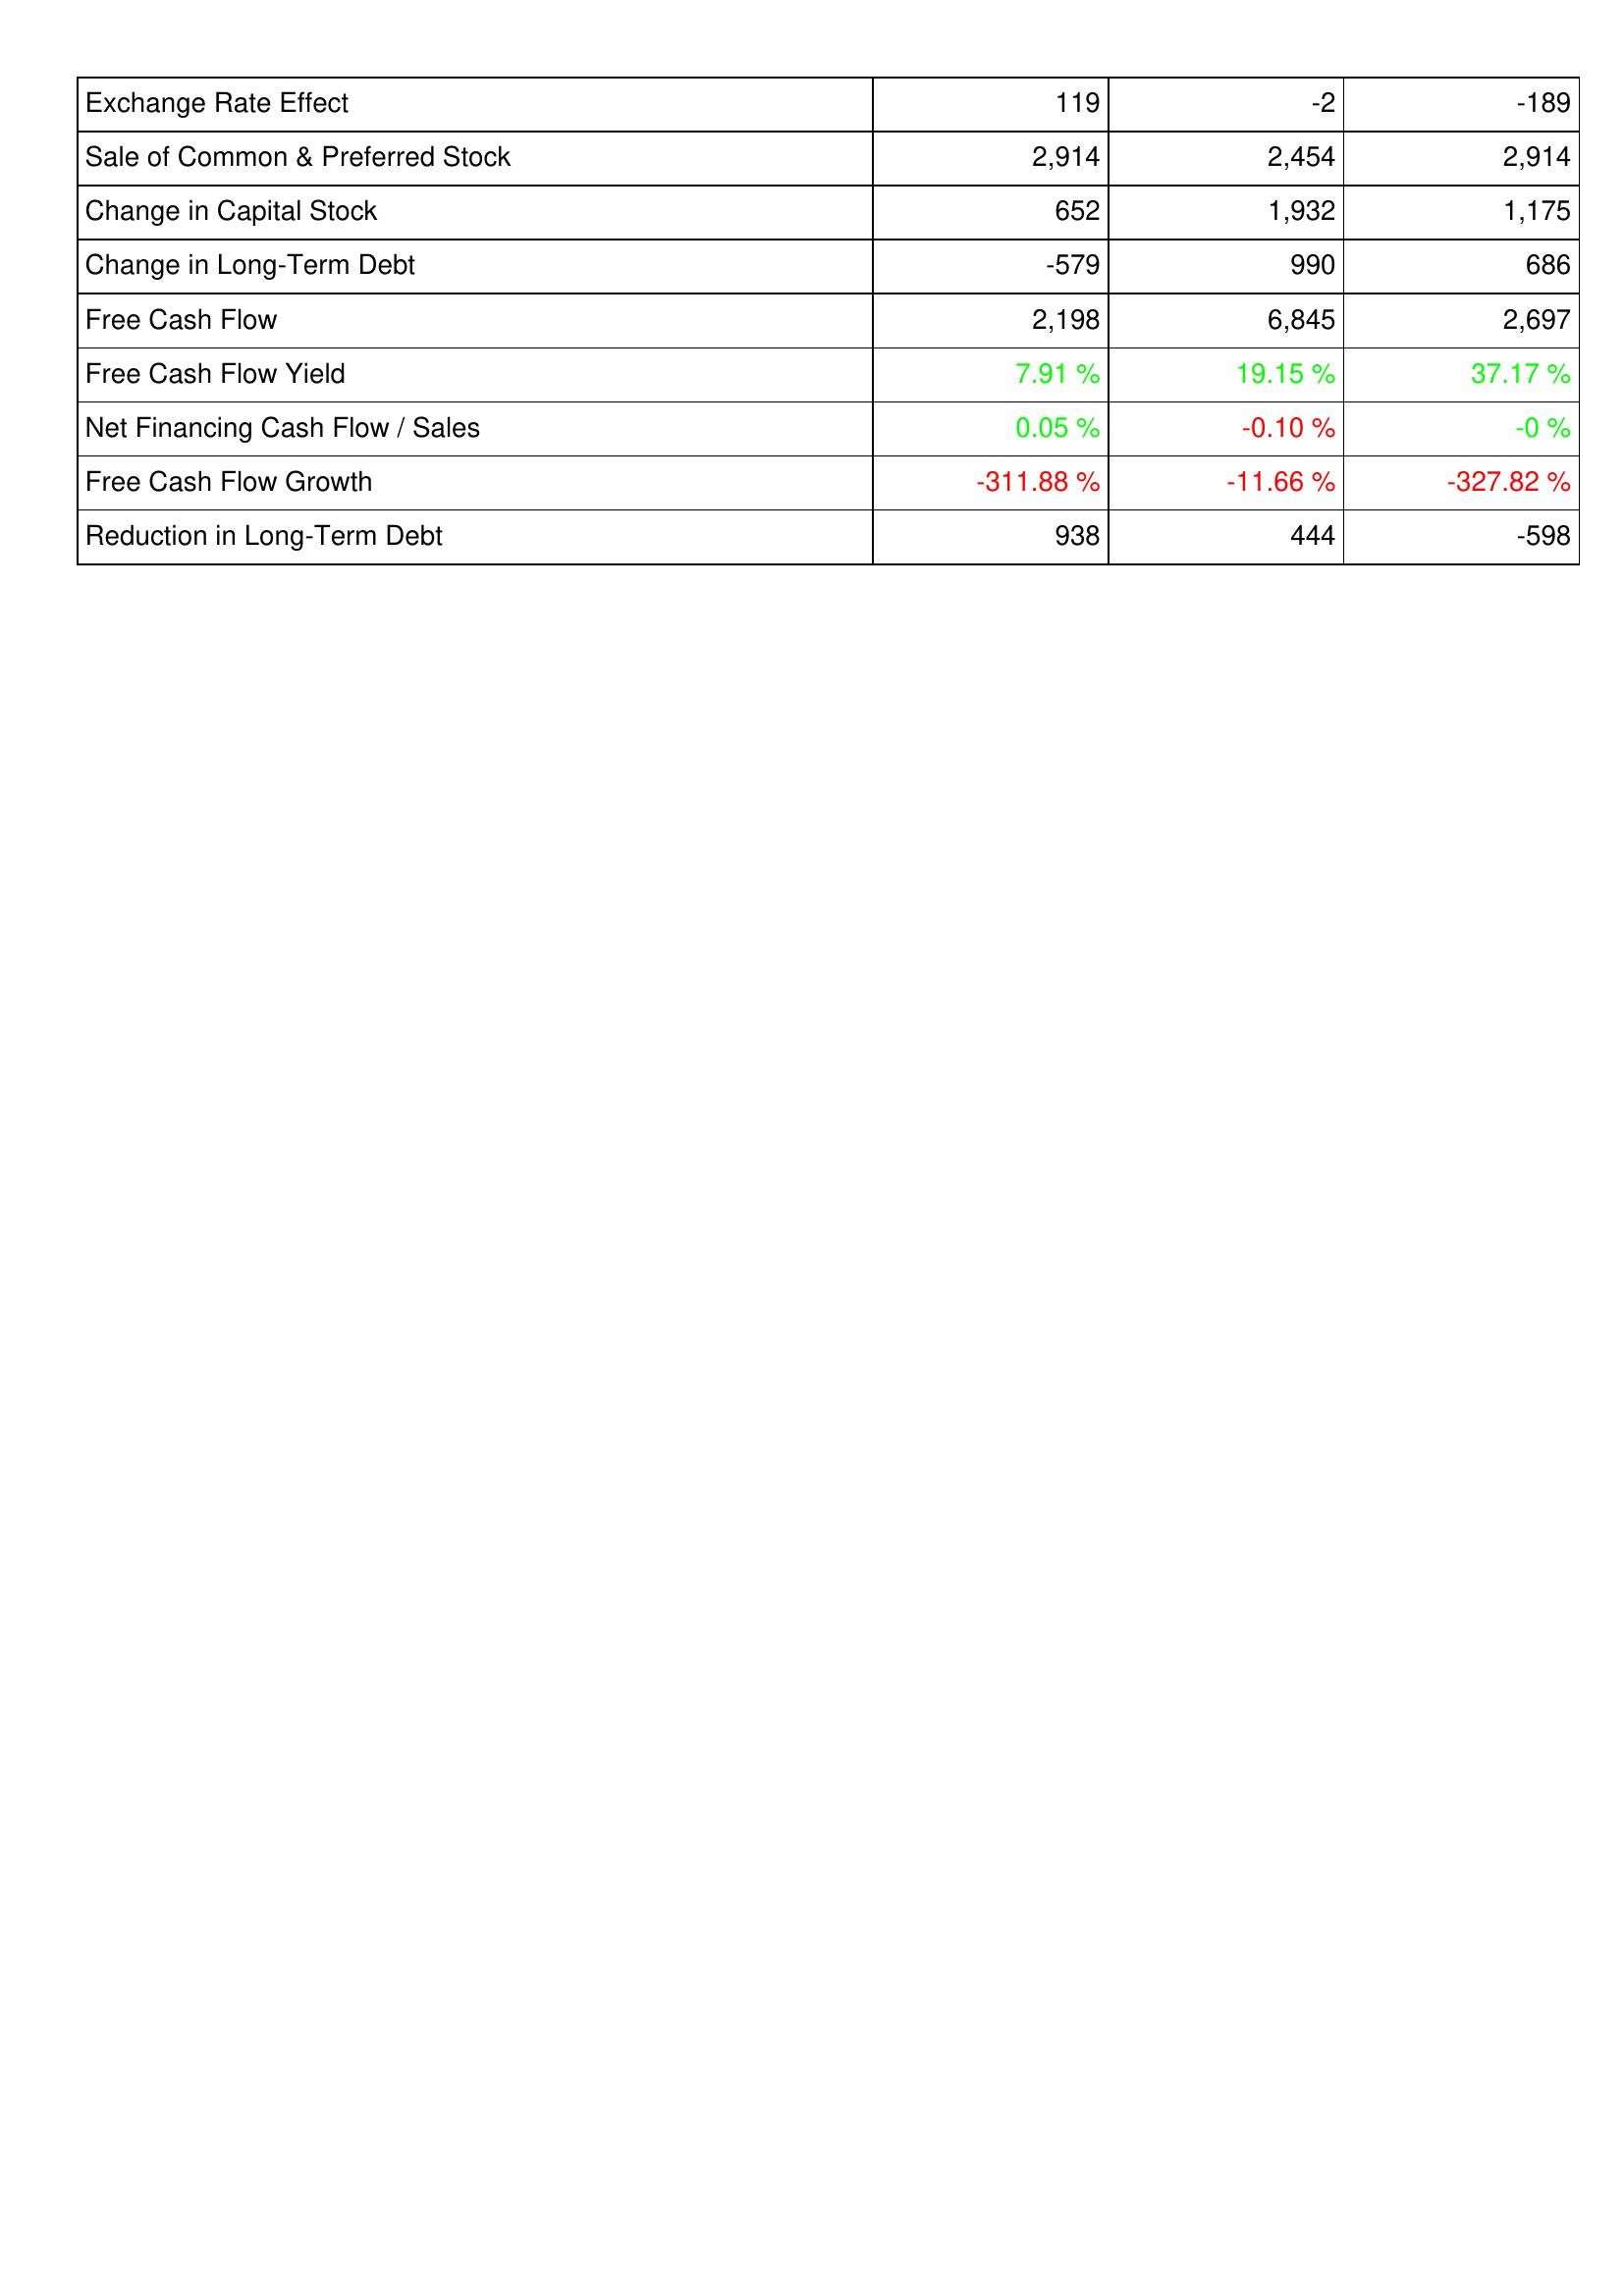
2021: Financing Activities: Exchange Rate Effect: 119
Sale of Common & Preferred Stock: 2,914
Change in Capital Stock: 652
Change in Long-Term Debt: -579
Free Cash Flow: 2,198
Free Cash Flow Yield: 7.91 %
Net Financing Cash Flow / Sales: 0.05 %
Free Cash Flow Growth: -311.88 %
Reduction in Long-Term Debt: 938
2020: Financing Activities: Exchange Rate Effect: -2
Sale of Common & Preferred Stock: 2,454
Change in Capital Stock: 1,932
Change in Long-Term Debt: 990
Free Cash Flow: 6,845
Free Cash Flow Yield: 19.15 %
Net Financing Cash Flow / Sales: -0.10 %
Free Cash Flow Growth: -11.66 %
Reduction in Long-Term Debt: 444
2019: Financing Activities: Exchange Rate Effect: -189
Sale of Common & Preferred Stock: 2,914
Change in Capital Stock: 1,175
Change in Long-Term Debt: 686
Free Cash Flow: 2,697
Free Cash Flow Yield: 37.17 %
Net Financing Cash Flow / Sales: -0 %
Free Cash Flow Growth: -327.82 %
Reduction in Long-Term Debt: -598